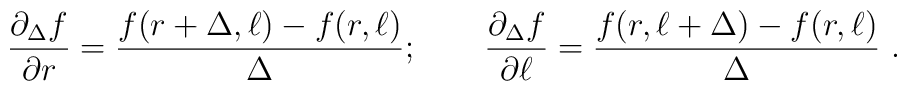
\frac{\partial_{\Delta} f}{\partial r} = \frac{f(r+\Delta, \ell)-f(r,\ell)}{\Delta};\qquad \frac{\partial_{\Delta} f}{\partial \ell} = \frac{f(r,\ell+\Delta)-f(r,\ell)}{\Delta}\ .